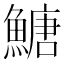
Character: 𩹶